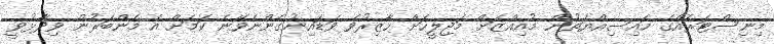
މިނިސްޓަރެއްގެ ހައިސިއްޔަތުން މުއިއްޒަށް މަޖިލީހަށް ހާޒިރުވެ ވަޑައިނުގެންނެވޭނެ ކަމަށް އެ މެންބަރުން ވިދާޅުވީ